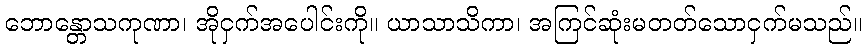
ဘောန္တောသကုဏာ၊ အိုငှက်အပေါင်းကို။ ယာသာသိကာ၊ အကြင်ဆုံးမတတ်သောငှက်မသည်။